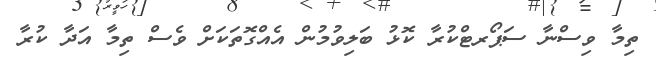
ތިމާ ވިސްނާ ސަޕޯރޓްކުރާ ކޮޅު ބަލިވުމުން އެއްގޮތަކަށް ވެސް ތިމާ އަދާ ކުރާ